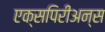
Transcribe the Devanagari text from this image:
एक्सपिरीअन्स